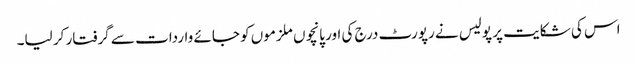
اس کی شکایت پر پولیس نے رپورٹ درج کی اور پانچوں ملزموں کو جائے واردات سے گرفتار کر لیا۔